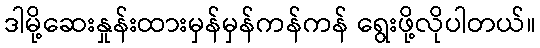
ဒါမို့ဆေးနှုန်းထားမှန်မှန်ကန်ကန် ရွေးဖို့လိုပါတယ်။